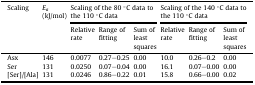
<table><thead><tr><td><b>Scaling</b></td><td><b><i>E</i><sub><i>a</i></sub> (kJ/mol)</b></td><td colspan="3"><b>Scaling of the 80 °C data to the 110 °C data</b></td><td colspan="3"><b>Scaling of the 140 °C data to the 110 °C data</b></td></tr><tr><td><b>Relative rate</b></td><td><b>Range of fitting</b></td><td><b>Sum of least squares</b></td><td><b>Relative rate</b></td><td><b>Range of fitting</b></td><td><b>Sum of least squares</b></td></tr></thead><tbody><tr><td>Asx</td><td>146</td><td>0.0077</td><td>0.27–0.25</td><td>0.00</td><td>10.0</td><td>0.26–0.2</td><td>0.00</td></tr><tr><td>Ser</td><td>131</td><td>0.0250</td><td>0.07–0.04</td><td>0.00</td><td>16.1</td><td>0.07–0.00</td><td>0.00</td></tr><tr><td>[Ser]/[Ala]</td><td>131</td><td>0.0246</td><td>0.86–0.22</td><td>0.01</td><td>15.8</td><td>0.66–0.00</td><td>0.02</td></tr></tbody></table>